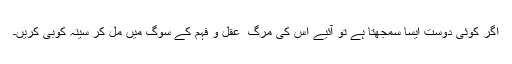
اگر کوئی دوست ایسا سمجھتا ہے تو آئیے اس کی مرگ ِ عقل و فہم کے سوگ میں مل کر سینہ کوبی کریں۔